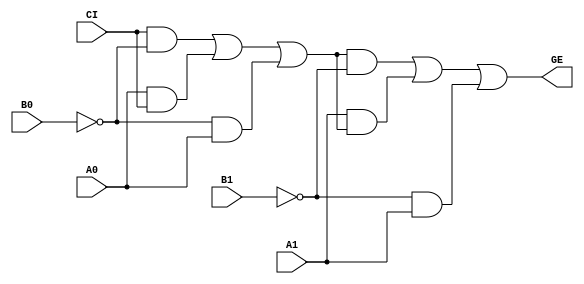
// --------------------------------------------------------------------
// >>>>>>>>>>>>>>>>>>>>>>>>> COPYRIGHT NOTICE <<<<<<<<<<<<<<<<<<<<<<<<<
// --------------------------------------------------------------------
// Copyright (c) 2005 by Lattice Semiconductor Corporation
// --------------------------------------------------------------------
//
//
//                     Lattice Semiconductor Corporation
//                     5555 NE Moore Court
//                     Hillsboro, OR 97214
//                     U.S.A.
//
//                     TEL: 1-800-Lattice  (USA and Canada)
//                          1-408-826-6000 (other locations)
//
//                     web: http://www.latticesemi.com/
//
// --------------------------------------------------------------------
//
// Simulation Library File for SC
//
// $Header: /home/dmsys/pvcs/RCSMigTest/rcs/verilog/pkg/versclibs/data/orca5/RCS/AGEB2.v,v 1.3 2005/05/19 19:06:17 pradeep Exp $ 
//
`resetall
`timescale 1 ns / 1 ps
`celldefine


module AGEB2 (A0, A1, B0, B1, CI, GE); 

input  A0, A1, B0, B1, CI;
output GE;

and  (I3, CI, I9);
and  (I4, A0, CI);
or   (I6, I3, I4, I5);
not  (I9, B0);
and  (I5, I9, A0);
or   (GE, I32, I31, I30);
and  (I31, A1, I6);
and  (I32, I6, I22);
and  (I30, I22, A1);
not  (I22, B1);


endmodule
`endcelldefine